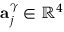
\mathbf { a } _ { j } ^ { \gamma } \in \mathbb { R } ^ { 4 }